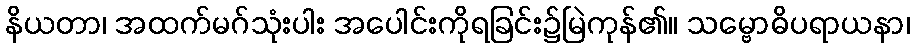
နိယတာ၊ အထက်မဂ်သုံးပါး အပေါင်းကိုရခြင်း၌မြဲကုန်၏။ သမ္ဗောဓိပရာယနာ၊